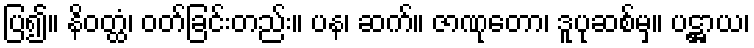
ပြ၍။ နိဝတ္ထံ၊ ဝတ်ခြင်းတည်း။ ပန၊ ဆက်။ ဇာဏုတော၊ ဒူပုဆစ်မှ။ ပဋ္ဌာယ၊